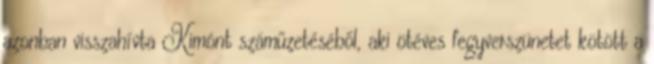
azonban visszahívta Kimónt száműzetéséből, aki ötéves fegyverszünetet kötött a